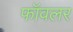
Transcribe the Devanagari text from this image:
फॉवलर